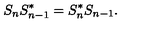
S _ { n } S _ { n - 1 } ^ { * } = S _ { n } ^ { * } S _ { n - 1 } .